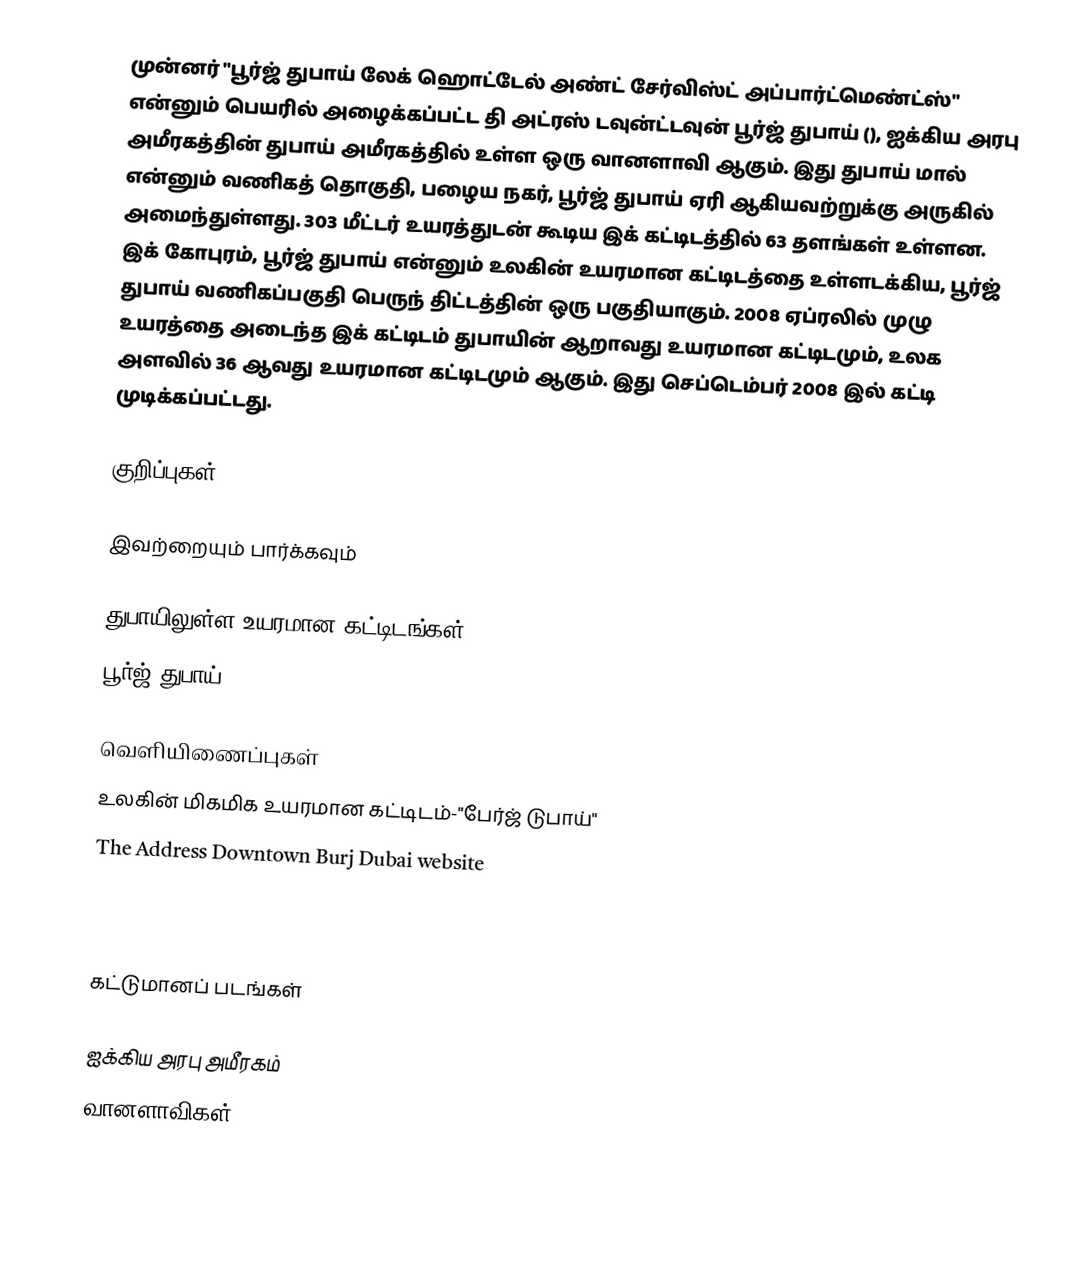
முன்னர் "பூர்ஜ் துபாய் லேக் ஹொட்டேல் அண்ட் சேர்விஸ்ட் அப்பார்ட்மெண்ட்ஸ்" என்னும் பெயரில் அழைக்கப்பட்ட தி அட்ரஸ் டவுன்ட்டவுன் பூர்ஜ் துபாய் (), ஐக்கிய அரபு அமீரகத்தின் துபாய் அமீரகத்தில் உள்ள ஒரு வானளாவி ஆகும். இது துபாய் மால் என்னும் வணிகத் தொகுதி, பழைய நகர், பூர்ஜ் துபாய் ஏரி ஆகியவற்றுக்கு அருகில் அமைந்துள்ளது.  303 மீட்டர் உயரத்துடன் கூடிய இக் கட்டிடத்தில் 63 தளங்கள் உள்ளன. இக் கோபுரம், பூர்ஜ் துபாய் என்னும் உலகின் உயரமான கட்டிடத்தை உள்ளடக்கிய, பூர்ஜ் துபாய் வணிகப்பகுதி பெருந் திட்டத்தின் ஒரு பகுதியாகும்.  2008 ஏப்ரலில் முழு உயரத்தை அடைந்த இக் கட்டிடம் துபாயின் ஆறாவது உயரமான கட்டிடமும், உலக அளவில் 36 ஆவது உயரமான கட்டிடமும் ஆகும். இது செப்டெம்பர் 2008 இல் கட்டி முடிக்கப்பட்டது.

குறிப்புகள்

இவற்றையும் பார்க்கவும்

 துபாயிலுள்ள உயரமான கட்டிடங்கள்
 பூர்ஜ் துபாய்

வெளியிணைப்புகள்
 உலகின் மிகமிக உயரமான கட்டிடம்-"பேர்ஜ் டுபாய்"
 The Address Downtown Burj Dubai website
 Burj Dubai Lake Hotel renders, sketches, construction photos
 SkyscraperPage.com forum

கட்டுமானப் படங்கள்

ஐக்கிய அரபு அமீரகம்
வானளாவிகள்